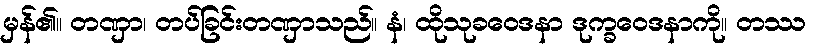
မှန်၏။ တဏှာ၊ တပ်ခြင်းတဏှာသည်။ နံ၊ ထိုသုခဝေဒနာ ဒုက္ခဝေဒနာကို။ တဿ